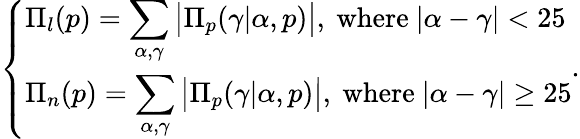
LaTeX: \left\{ \begin{array}{ll}{\Pi_{l}(p)=\displaystyle\sum_{\alpha,\gamma}\big\vert\Pi_{p}(\gamma\vert\alpha,p)\big\vert,\mathrm{~where~}\vert\alpha-\gamma\vert<25}\\ {\Pi_{n}(p)=\displaystyle\sum_{\alpha,\gamma}\big\vert\Pi_{p}(\gamma\vert\alpha,p)\big\vert,\mathrm{~where~}\vert\alpha-\gamma\vert\ge 25}\end{array}\right..